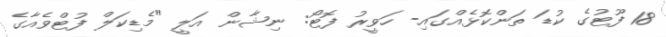
18 ފޫޓުގެ ކުޑަ ތަންކޮޅެއްގައި- ހަވީރު ފޮޓޯ: ނިޝާން އަލީ "މެޑިކަލް ފުޓްވެއާގެ